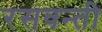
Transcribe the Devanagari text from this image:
रसवन्ती